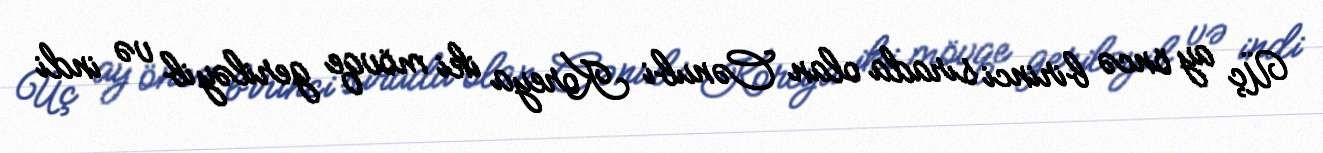
Üç ay öncə birinci sırada olan Cənubi Koreya iki mövqe geriləyib və indi